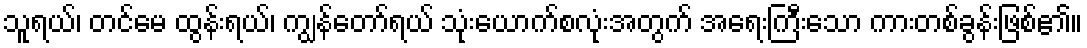
သူရယ်၊ တင်မေ ထွန်းရယ်၊ ကျွန်တော်ရယ် သုံးယောက်စလုံးအတွက် အရေးကြီးသော ကားတစ်ခွန်းဖြစ်၏။